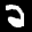
Label: 2